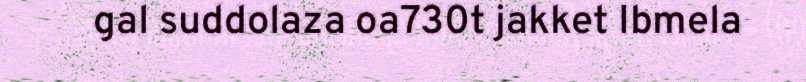
gal suddolaza oa730t jakket Ibmela